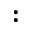
: